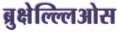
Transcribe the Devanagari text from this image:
ब्रुक्षेल्ल्लिओस